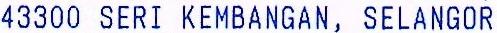
43300 SERI KEMBANGAN, SELANGOR